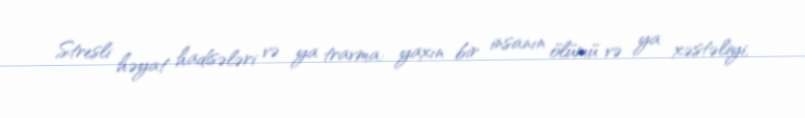
Stresli həyat hadisələri və ya travma: yaxın bir insanın ölümü və ya xəstəliyi,